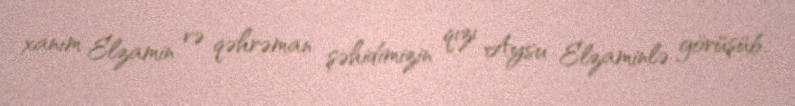
xanım Elzamin və qəhrəman şəhidimizin qızı Aysu Elzaminlə görüşüb.